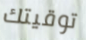
توقيتك